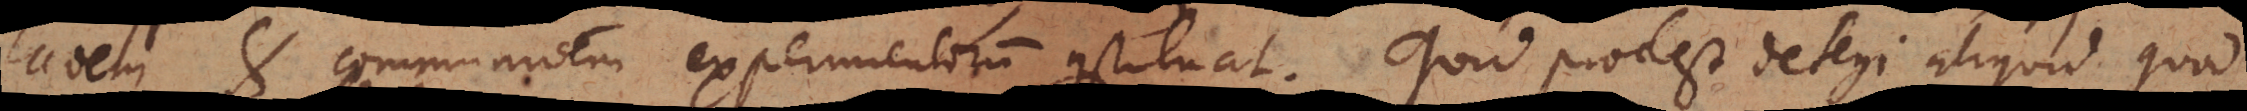
rationem et communitionem experimentorum constituat. Quid prodest detegi aliquid quod